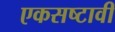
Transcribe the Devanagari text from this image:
एकसष्टावी